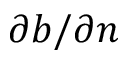
\partial b / \partial n